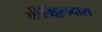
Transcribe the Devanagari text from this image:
श्रीविट्ठलदास